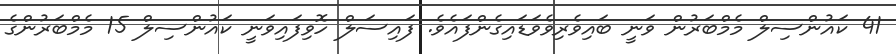
41 ކައުންސިލް މެމްބަރުން ވަނީ ބައިވެރިވެވަޑައިގެންފައެވެ. ފައިސަލް ހޮވިފައިވަނީ ކައުންސިލް 15 މެމްބަރުންގެ